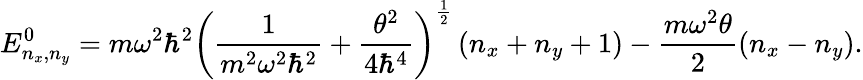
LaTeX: E_{n_{x},n_{y}}^{0}=m\omega^{2}\hbar^{2}\left(\frac{1}{m^{2}\omega^{2}\hbar^{2}}+\frac{\theta^{2}}{4\hbar^{4}}\right)^{\frac{1}{2}}\left(n_{x}+n_{y}+1\right)-\frac{m\omega^{2}\theta}{2}\left(n_{x}-n_{y}\right).